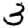
Digit: 3